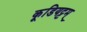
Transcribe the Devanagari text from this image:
कूडियट्टम्